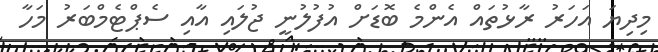
މިދިޔަ އަހަރު ރާޅުތައް އެންމެ ބޮޑަށް އުފުލުނީ ޖުލައި އާއި ސެޕްޓެމްބަރު މަހާ